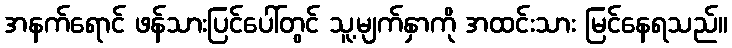
အနက်ရောင် ဖန်သားပြင်ပေါ်တွင် သူ့မျက်နှာကို အထင်းသား မြင်နေရသည်။